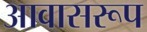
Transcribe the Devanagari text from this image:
आवासरूप